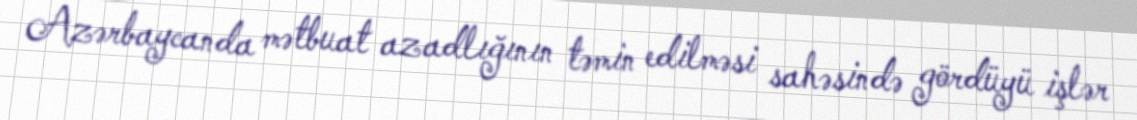
Azərbaycanda mətbuat azadlığının təmin edilməsi sahəsində gördüyü işlər